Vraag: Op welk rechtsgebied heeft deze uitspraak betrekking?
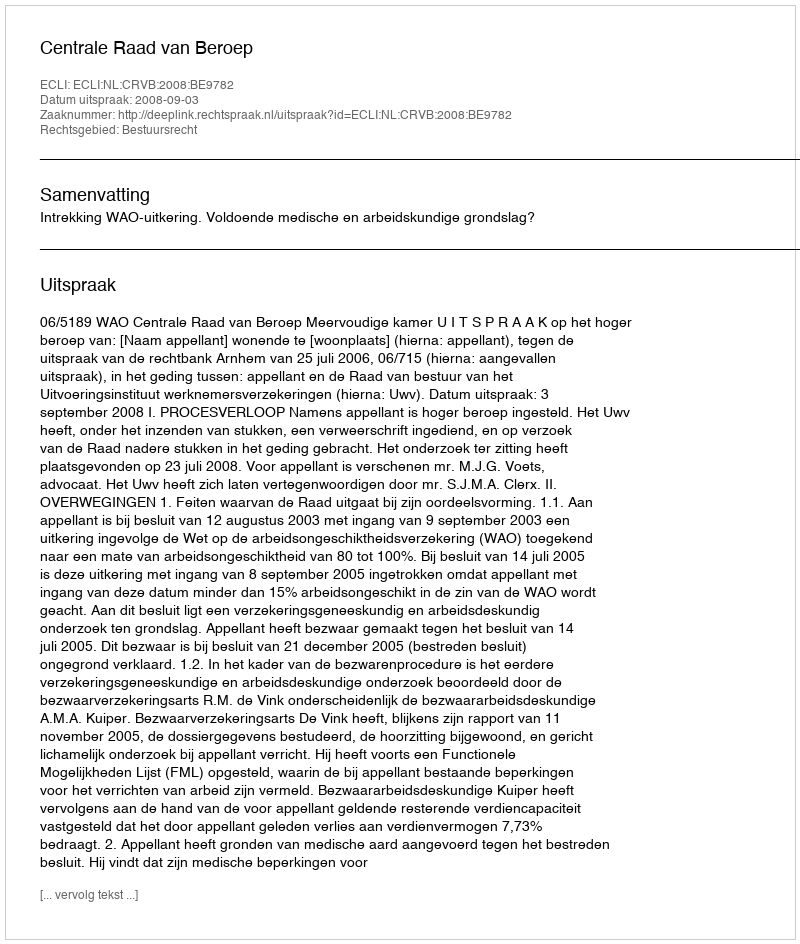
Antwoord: Bestuursrecht